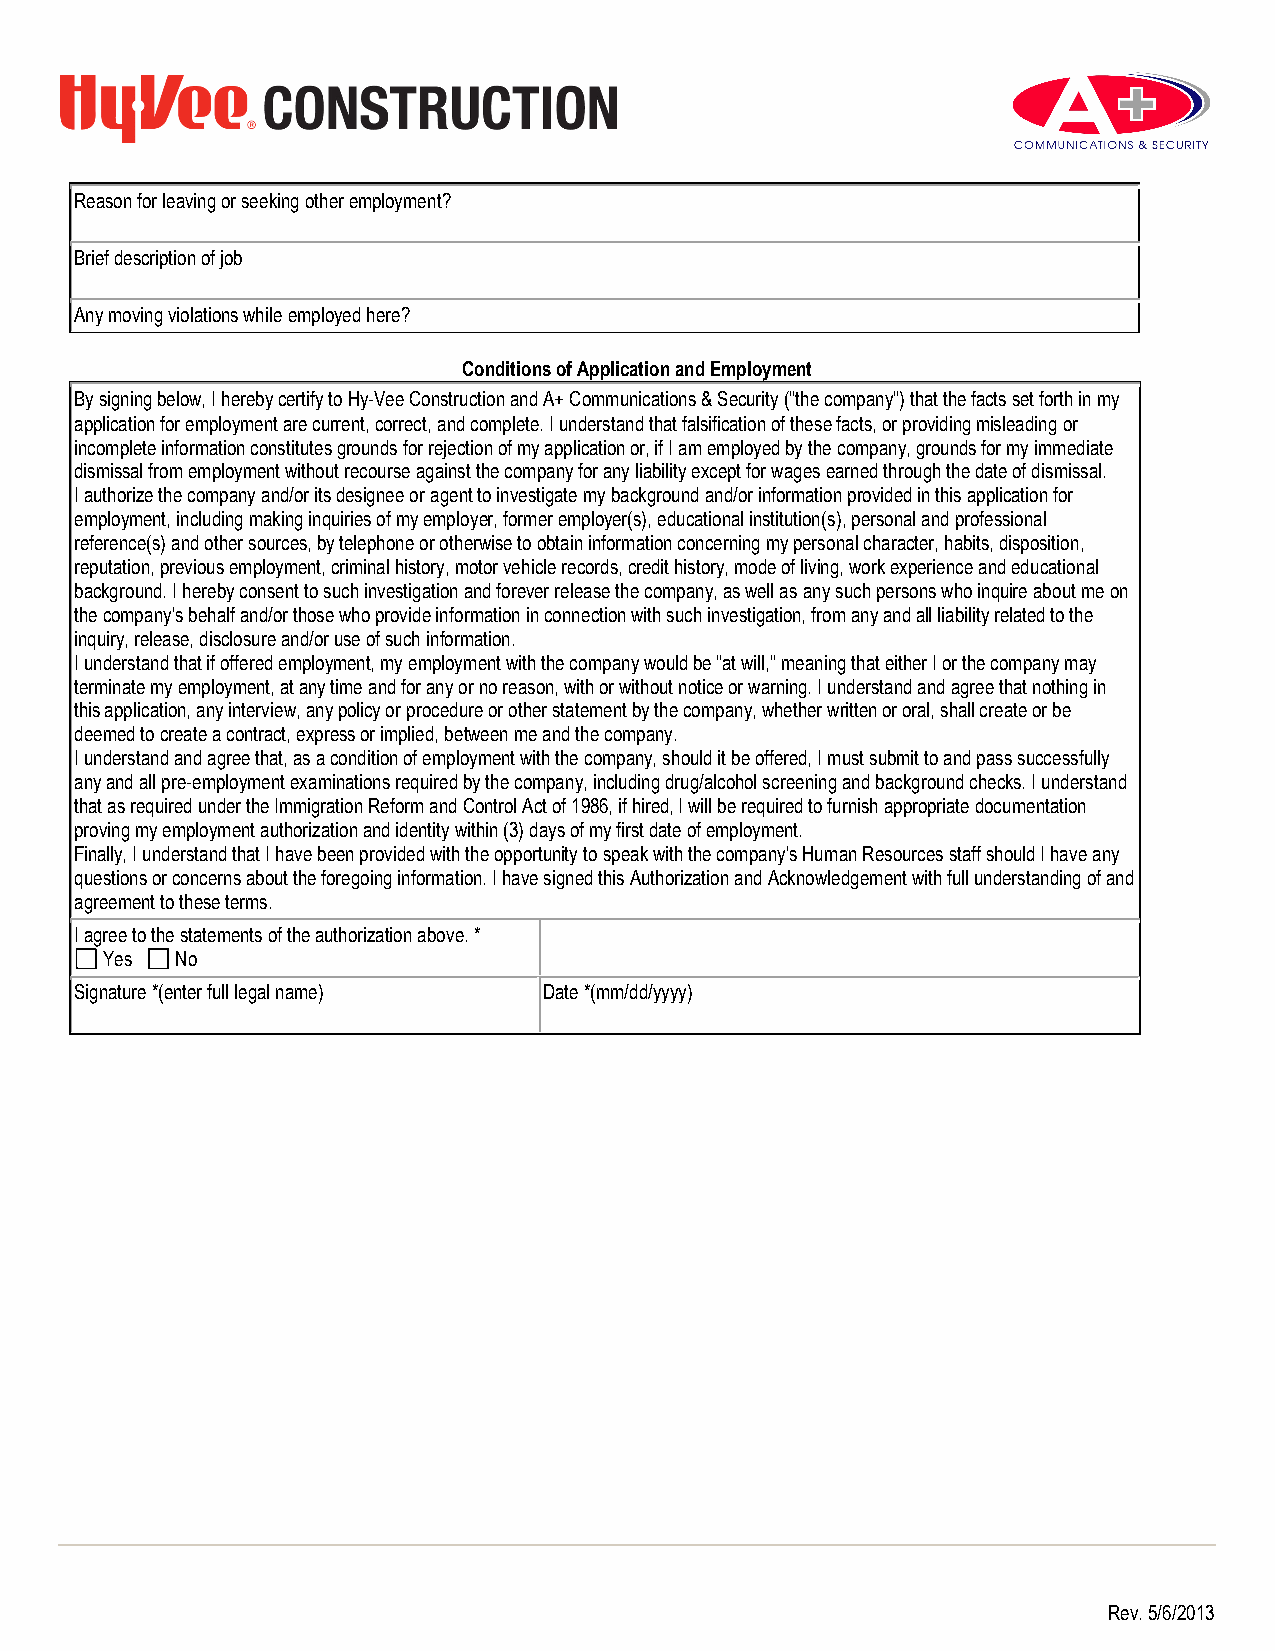
Reason for leaving or seeking other employment?
 Brief description of job
 Any moving violations while employed here?
 Conditions of Application and Employment
 By signing below, I hereby certify to Hy-Vee Construction and A+ Communications & Security ("the company") that the facts set forth in my
 application for employment are current, correct, and complete. I understand that falsification of these facts, or providing misleading or
 incomplete information constitutes grounds for rejection of my application or, if I am employed by the company, grounds for my immediate
 dismissal from employment without recourse against the company for any liability except for wages earned through the date of dismissal.
 I authorize the company and/or its designee or agent to investigate my background and/or information provided in this application for
 employment, including making inquiries of my employer, former employer(s), educational institution(s), personal and professional
 reference(s) and other sources, by telephone or otherwise to obtain information concerning my personal character, habits, disposition,
 reputation, previous employment, criminal history, motor vehicle records, credit history, mode of living, work experience and educational
 background. I hereby consent to such investigation and forever release the company, as well as any such persons who inquire about me on
 the company's behalf and/or those who provide information in connection with such investigation, from any and all liability related to the
 inquiry, release, disclosure and/or use of such information.
 I understand that if offered employment, my employment with the company would be "at will," meaning that either I or the company may
 terminate my employment, at any time and for any or no reason, with or without notice or warning. I understand and agree that nothing in
 this application, any interview, any policy or procedure or other statement by the company, whether written or oral, shall create or be
 deemed to create a contract, express or implied, between me and the company.
 I understand and agree that, as a condition of employment with the company, should it be offered, I must submit to and pass successfully
 any and all pre-employment examinations required by the company, including drug/alcohol screening and background checks. I understand
 that as required under the Immigration Reform and Control Act of 1986, if hired, I will be required to furnish appropriate documentation
 proving my employment authorization and identity within (3) days of my first date of employment.
 Finally, I understand that I have been provided with the opportunity to speak with the company's Human Resources staff should I have any
 questions or concerns about the foregoing information. I have signed this Authorization and Acknowledgement with full understanding of and
 agreement to these terms.
 I agree to the statements of the authorization above. *
 Yes  No
 Signature *(enter full legal name) Date *(mm/dd/yyyy)
 Rev. 5/6/2013